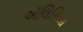
ઍલિસિયા